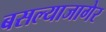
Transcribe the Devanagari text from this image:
बसल्याजागेर